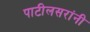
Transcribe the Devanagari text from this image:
पाटीलसरांनी